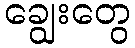
ချွေးတွေ